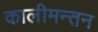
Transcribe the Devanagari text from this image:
कालीमन्तन